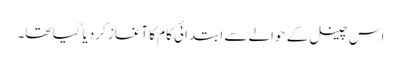
اس چینل کے حوالے سے ابتدائی کام کا آغاز کردیا گیا تھا۔